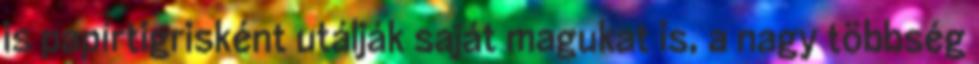
is papírtigris­ként utálják saját magukat is, a nagy többség